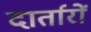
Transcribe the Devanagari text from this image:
दार्तारों